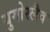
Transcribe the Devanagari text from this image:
युगोस्लैव